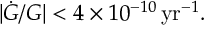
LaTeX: | \dot { G } / G | < 4 \times 1 0 ^ { - 1 0 } \, \mathrm { y r } ^ { - 1 } .